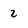
Character: 2